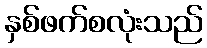
နှစ်ဖက်စလုံးသည်